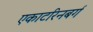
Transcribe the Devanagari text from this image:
एकाटरिनबर्ग